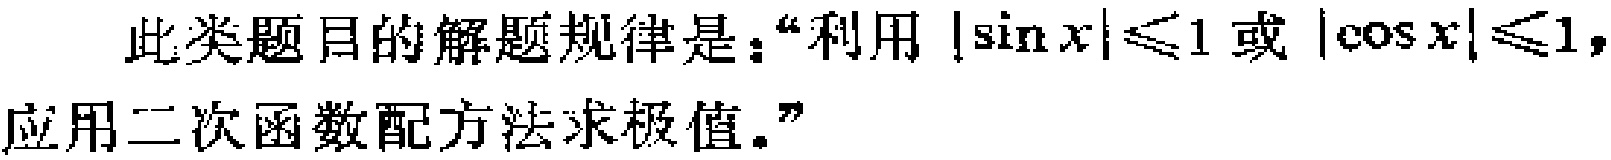
此类题目的解题规律是：“利用\(\vert\sin x\vert\leqslant1\)或\(\vert\cos x\vert\leqslant1\)，应用二次函数配方法求极值。”